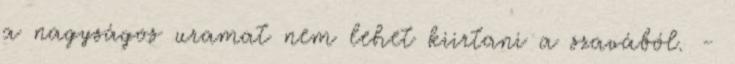
a nagyságos uramat nem lehet kiirtani a szavából. -